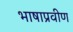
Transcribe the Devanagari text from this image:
भाषाप्रवीण